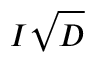
I \sqrt { D }